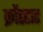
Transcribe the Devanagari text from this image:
क्रोंस्टाट